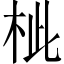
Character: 𣐑